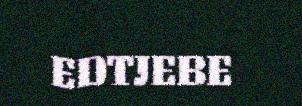
EDTJEBE